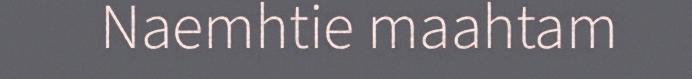
Naemhtie maahtam